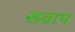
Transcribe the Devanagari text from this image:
ख्वाप